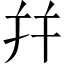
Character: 幷